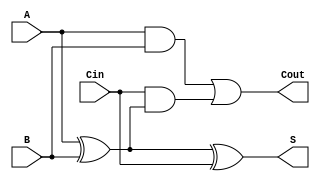
module async_full_adder (
    input wire A,    // First binary input
    input wire B,    // Second binary input
    input wire Cin,  // Carry-in input
    output wire S,   // Sum output
    output wire Cout  // Carry-out output
);

// Internal wires for intermediate calculations
wire A_xor_B;      // Intermediate wire for A XOR B
wire A_and_B;      // Intermediate wire for A AND B
wire Cin_and_A_xor_B; // Intermediate wire for Cin AND (A XOR B)

// Calculate the sum (S) using XOR gates
assign A_xor_B = A ^ B;          // A XOR B
assign S = A_xor_B ^ Cin;        // S = (A XOR B) XOR Cin

// Calculate the carry-out (Cout) using AND and OR gates
assign A_and_B = A & B;          // A AND B
assign Cin_and_A_xor_B = Cin & A_xor_B; // Cin AND (A XOR B)
assign Cout = A_and_B | Cin_and_A_xor_B; // Cout = (A AND B) OR (Cin AND (A XOR B))

endmodule